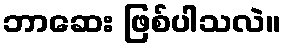
ဘာဆေး ဖြစ်ပါသလဲ။